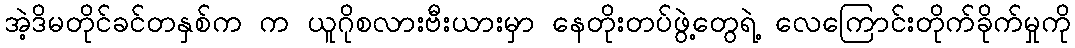
အဲ့ဒိမတိုင်ခင်တနှစ်က က ယူဂိုစလားဗီးယားမှာ နေတိုးတပ်ဖွဲ့တွေရဲ့ လေကြောင်းတိုက်ခိုက်မှုကို